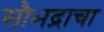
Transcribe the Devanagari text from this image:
सौभद्राचा